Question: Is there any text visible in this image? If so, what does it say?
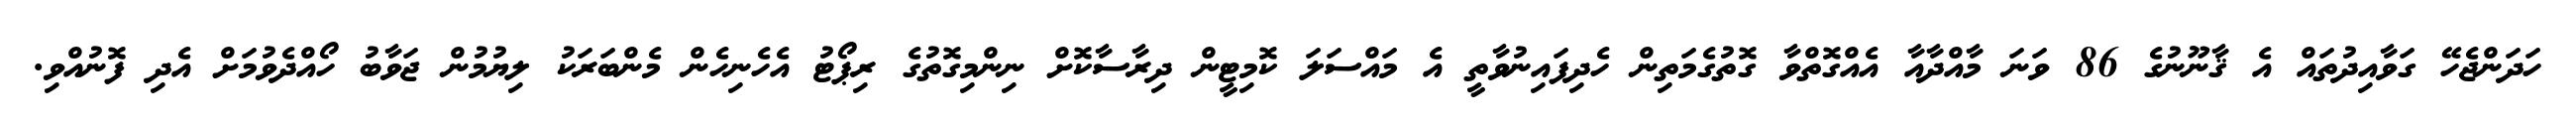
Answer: ހަދަންޖެހޭ ގަވާއިދުތައް އެ ޤާނޫނުގެ 86 ވަނަ މާއްދާއާ އެއްގޮތްވާ ގޮތުގެމަތިން ހެދިފައިނުވާތީ އެ މައްސަލަ ކޮމިޓީން ދިރާސާކޮށް ނިންމިގޮތުގެ ރިޕޯޓު އެހެނިހެން މެންބަރަކު ލިޔުމުން ޖަވާބު ހޯއްދެވުމަށް އެދި ފޮނުއްވި.